NAE_kihelkonnakohtute_kirjad_ja_protokollid_1869-1889, lk 6
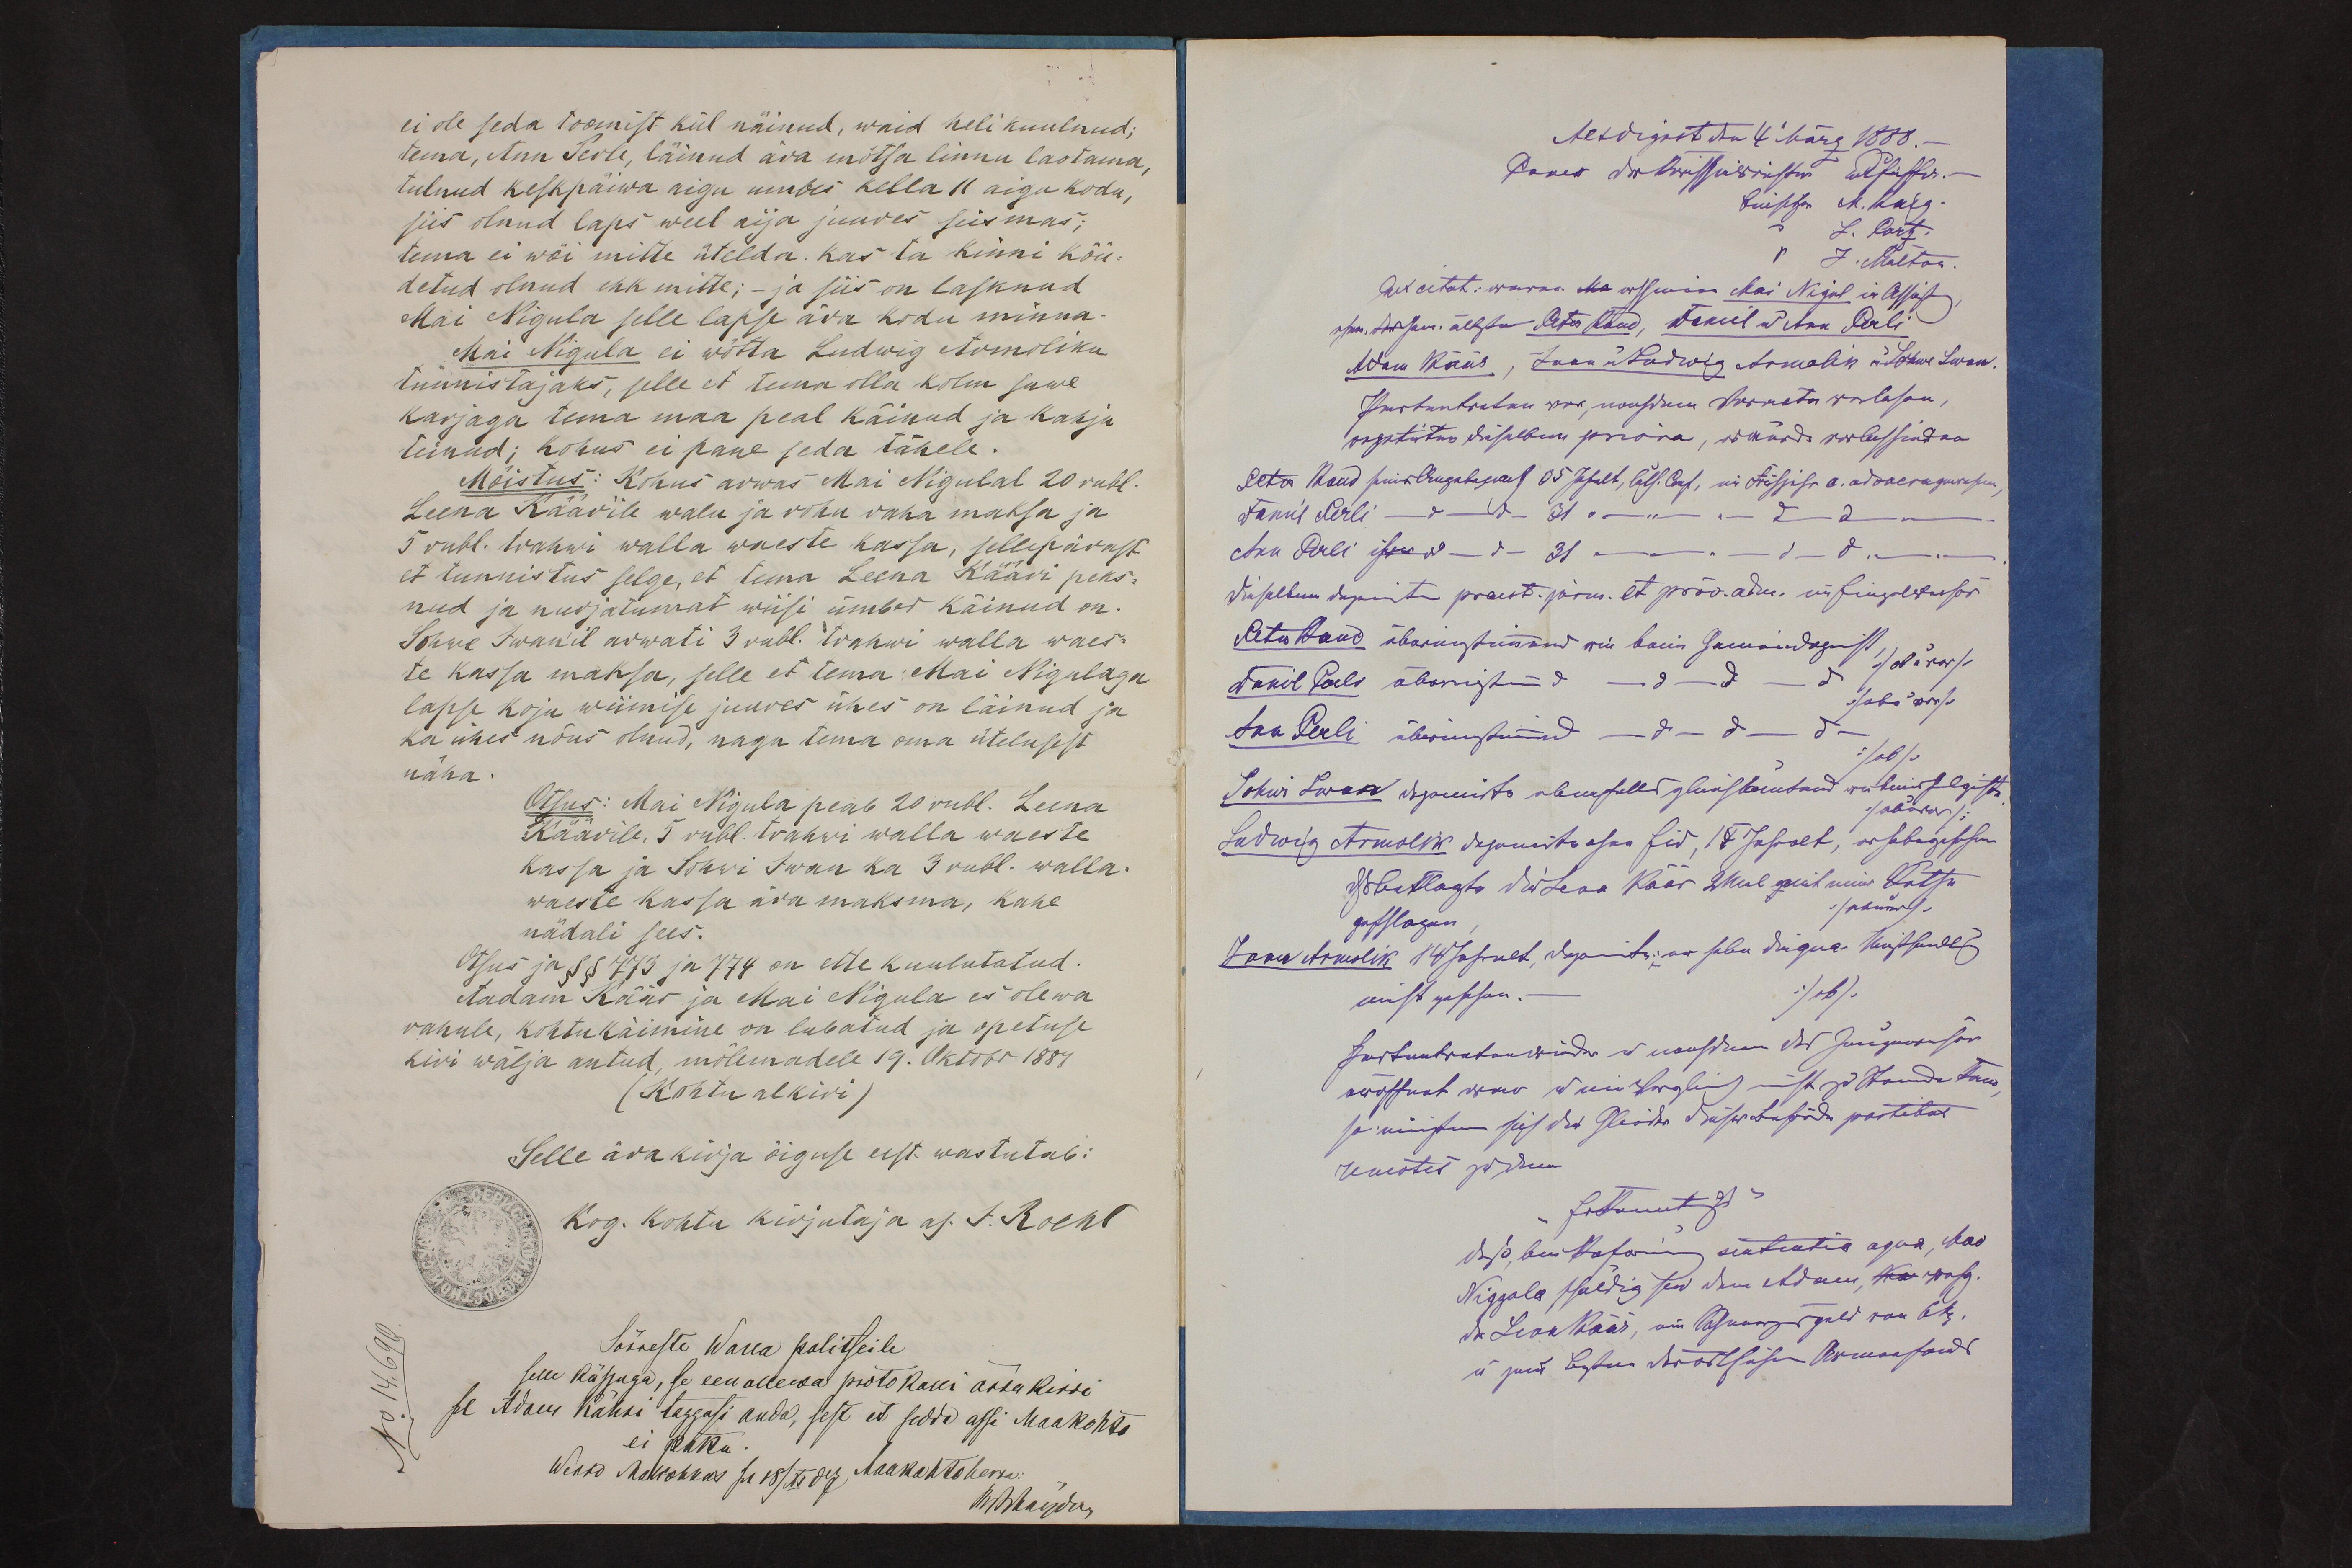
ei ole seda toomist kül näinud, waid heli kuulnud;
tema, Anu Perle, läinud ära mõtsa linnu laotama,
tulnud keskpäewa aigu umbes kella 11 aigu kodu,
sis olnud laps weel aja juures seismas;
tema ei wõi mitte ütelda. Kas ta kinni kõu-
detud olnud ehk mitte; - ja siis on lasknud
Mai Nigula selle lapse ära kodu minna
Mai Nigula ei wõtta Ludwig Armoliku
tunnistajaks, selle et tema olla kolm suwe
karjaga tema maa peal käinud ja kahju
teinud; kohus ei pane seda tähele.
Mõistus: Kohus arwas Mai Nigulal 20 rubl.
Leena Käärile walu ja rohu raha maksa ja
5 rubl. trahwi walla waeste kassa, sellepärast
et tunnistus selge, et tema Leena Kääri peks-
nud ja nurjatumat wiisi ümber käinud on.
Sohwe Iwanil arwati 3 rubl. trahwi walla waes-
te kassa maksa, selle et tema Mai Nigulaga
lapse koju wiimise juures ühes on läinud ja
ka ühes nõus olnud, nagu tema oma ütelusest
näha.
Otsus: Mai Nigula peab 20 rubl. Leena
Käärile. 5 rubl. trahwi walla waeste
kassa ja Sohwi Iwan ka 3 rubl. walla-
waeste kassa ära maksma, kahe
nädali sees.
Otsus ja §§ 773 ja 774 on ette kuulutatud.
Aadam Käär ja Mai Nigula es olewa
rahule, kohtukäimine on lubatud ja õpetuse
kiri wälja antud, mõlemadele 19. Oktobr 1887
(Kohtu alkiri)
Selle ärakirja õiguse eest wastutab:
Sõreste Walla politseile
selle kässuga, se een ollewa protokolli ärra kirri
se Adam Kähri taggasi anda, sest et sedda assi Maakohto
ei paku.
Werro Maakohhos see 18/XI 87 Maakohtoherra: